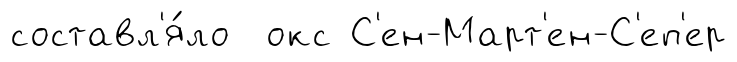
составл'я́ло окс С'ен-Март'ен-С'еп'ер